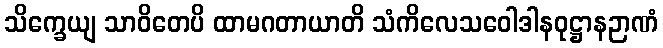
သိက္ခေယျ သာဝိတေပိ ထာမဂတာယာတိ သံကိလေသဝေါဒါနဝုဋ္ဌာနဉာဏံ